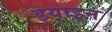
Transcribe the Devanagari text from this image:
इयाइन